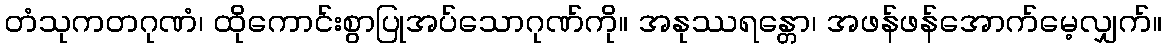
တံသုကတဂုဏံ၊ ထိုကောင်းစွာပြုအပ်သောဂုဏ်ကို။ အနုဿရန္တော၊ အဖန်ဖန်အောက်မေ့လျှက်။